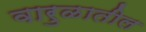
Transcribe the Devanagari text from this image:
वारुळातील